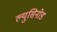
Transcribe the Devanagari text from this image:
ल्युसिनोड